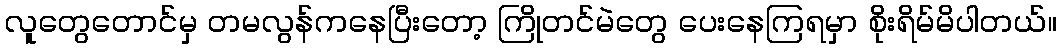
လူတွေတောင်မှ တမလွန်ကနေပြီးတော့ ကြိုတင်မဲတွေ ပေးနေကြရမှာ စိုးရိမ်မိပါတယ်။